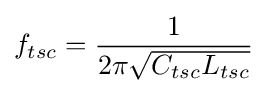
f_{tsc}={1 \over {2\pi {\sqrt {C_{tsc}L_{tsc}}}}}